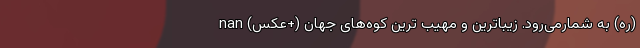
(ره) به شمارمی‌رود. زیباترین و مهیب ترین کوه‌های جهان (+عکس) nan